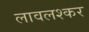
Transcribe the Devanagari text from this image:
लावलश्कर